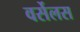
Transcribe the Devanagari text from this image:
वर्सेलस